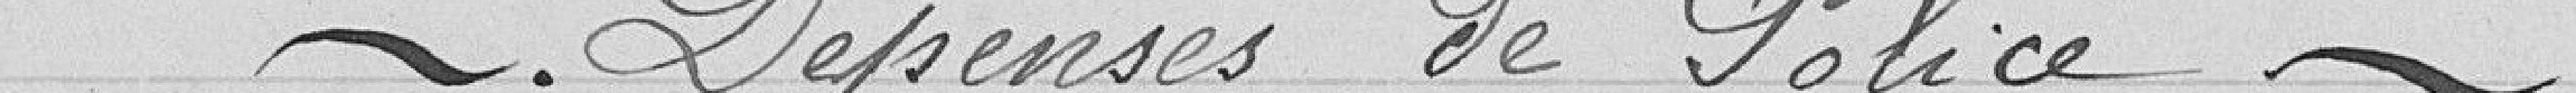
Dépenses de police